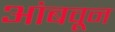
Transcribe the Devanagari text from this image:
आंबवून